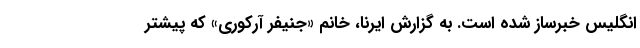
انگلیس خبرساز شده است. به گزارش ایرنا، خانم «جنیفر آرکوری» که پیشتر